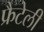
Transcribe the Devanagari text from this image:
फ्रैटेली